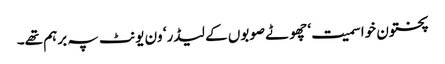
پختون خوا سمیت‘ چھوٹے صوبوں کے لیڈر‘ ون یونٹ پہ برہم تھے۔